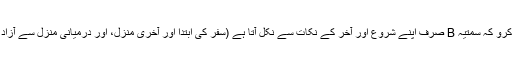
غور کرو کہ سمتیہ B صرف اپنے شروع اور آخر کے نکات سے نکل آتا ہے (سفر کی ابتدا اور آخری منزل، اور درمیانی منزل سے آزاد ہے)۔